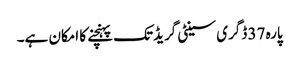
پارہ 37 ڈگری سینٹی گریڈ تک پہنچنے کا امکان ہے۔